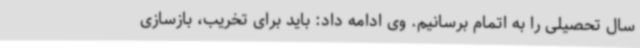
سال تحصیلی را به اتمام برسانیم. وی ادامه داد: باید برای تخریب، بازسازی